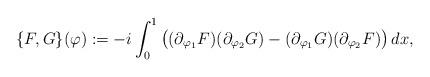
LaTeX: \begin{align*}\{F,G\}(\varphi):=-i\int_0^1\big((\partial_{\varphi_1}F)(\partial_{\varphi_2}G)-(\partial_{\varphi_1}G)(\partial_{\varphi_2}F)\big)\,dx,\end{align*}